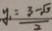
y _ { 1 } = \frac { 3 - \sqrt { 3 } } { 2 }